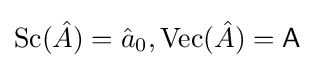
{\mbox{Sc}}({\hat {A}})={\hat {a}}_{0},{\mbox{Vec}}({\hat {A}})={\mathsf {A}}